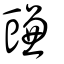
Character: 豏